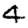
Digit: 4